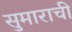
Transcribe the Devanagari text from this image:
सुमाराची